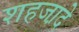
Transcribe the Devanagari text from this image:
शहजा़दे